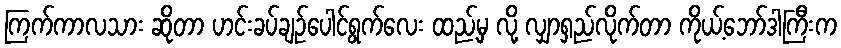
ကြက်ကာလသား ဆိုတာ ဟင်းခပ်ချဉ်ပေါင်ရွက်လေး ထည့်မှ လို့ လျှာရှည်လိုက်တာ ကိုယ့်ဘော်ဒါကြီးက